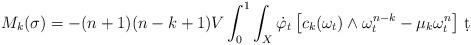
LaTeX: \begin{align*} M_k(\sigma) &= -(n+1)(n-k+1)V \int_0^1\int_X \dot\varphi_t \left[c_k(\omega_t)\wedge \omega_t^{n-k}-\mu_k\omega_t^n\right] \,\d t \end{align*}